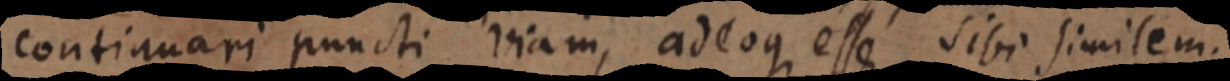
continuari puncti viam, adeoque esse sibi similem.